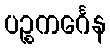
ပဉ္စကင်္ဂေန